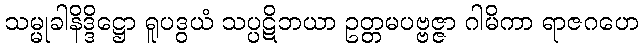
သမ္မုခါနိဒ္ဒိဋ္ဌော ရူပဒွယံ သပ္ပဋိဘယာ ဥတ္တမပဗ္ဗဇ္ဇာ ဂါမိကာ ရာဇဂဟေ